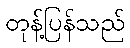
တုန့်ပြန်သည်